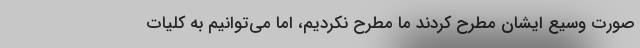
صورت وسیع ایشان مطرح کردند ما مطرح نکردیم، اما می‌توانیم به کلیات